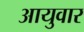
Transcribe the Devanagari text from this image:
आयुवार